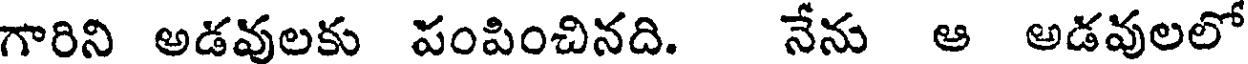
గారిని అడవులకు పంపించినది. నేను ఆ అడవులలో